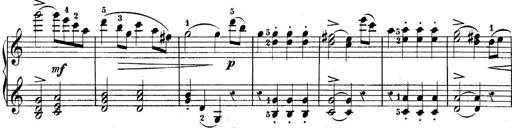
Title: 10 Sonatines progressives
Composer: Anton Schmoll